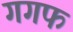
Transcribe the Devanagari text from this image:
गगफ